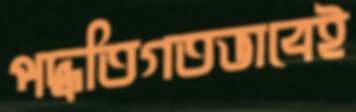
পদ্ধতিগতভাবেই